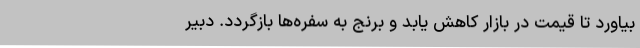
بیاورد تا قیمت در بازار کاهش یابد و برنج به سفره‌ها بازگردد. دبیر